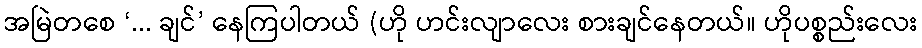
အမြဲတစေ ‘... ချင်’ နေကြပါတယ် (ဟို ဟင်းလျာလေး စားချင်နေတယ်။ ဟိုပစ္စည်းလေး